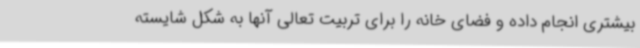
بیشتری انجام داده و فضای خانه را برای تربیت تعالی آنها به شکل شایسته